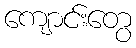
ကျောင်းတွေ